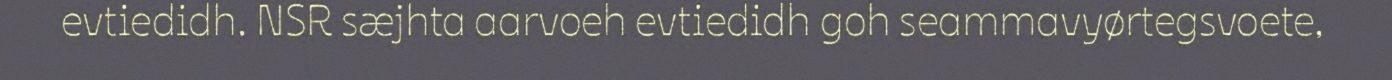
evtiedidh. NSR sæjhta aarvoeh evtiedidh goh seammavyørtegsvoete,